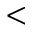
<